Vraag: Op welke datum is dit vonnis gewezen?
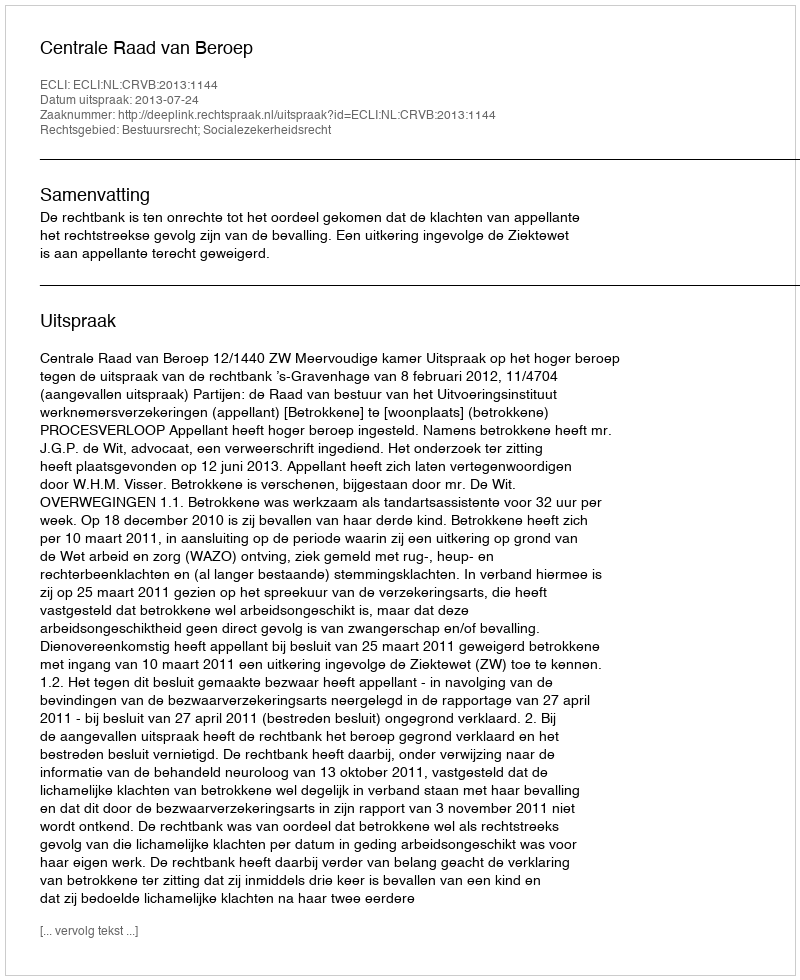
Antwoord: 2013-07-24